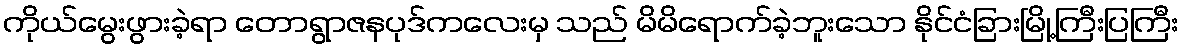
ကိုယ်မွေးဖွားခဲ့ရာ တောရွာဇနပုဒ်ကလေးမှ သည် မိမိရောက်ခဲ့ဘူးသော နိုင်ငံခြားမြို့ကြီးပြကြီး